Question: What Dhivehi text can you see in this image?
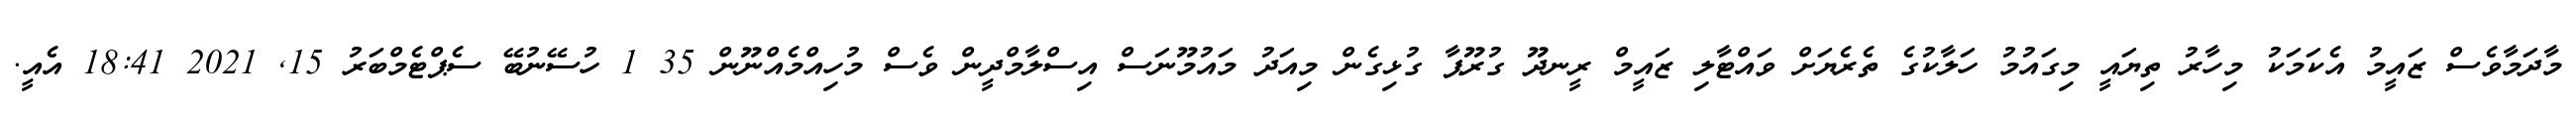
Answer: މާދަމާވެސް ޒައީމު އެކަމަކު މިހާރު ތިޔައީ މިގައުމު ހަލާކުގެ ތެރެޔަށް ވައްޓާލި ޒައީމް ރީނދޫ ގުރޫޕާ ގުޅިގެން މިއަދު މައުމޫނަސް އިސްލާމްދީން ވެސް މުހިއްމެއްނޫން 35 1 ހުސޭނުބޭ ސެޕްޓެމްބަރު 15, 2021 18:41 އެއީ.